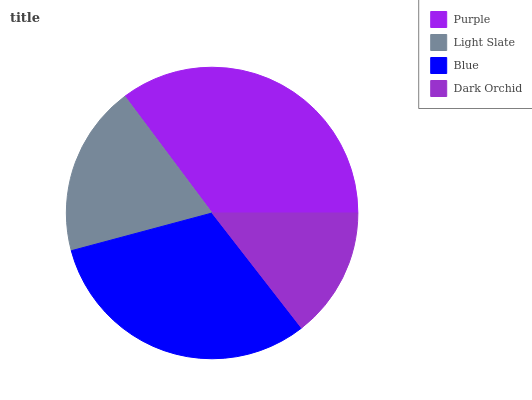
| Purple | Light Slate | Blue | Dark Orchid |
 | --- | --- | --- | --- |
 | 35.2% | 18.9% | 31.4% | 14.5% |